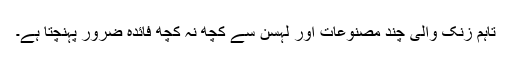
تاہم زنک والی چند مصنوعات اور لہسن سے کچھ نہ کچھ فائدہ ضرور پہنچتا ہے۔